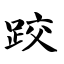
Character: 跤